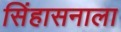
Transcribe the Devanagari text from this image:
सिंहासनाला